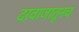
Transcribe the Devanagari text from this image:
दरवाजातूनच